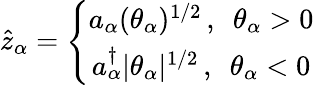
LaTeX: \hat{z}_{\alpha}=\left\{ \begin{array}{c}{{a_{\alpha}(\theta_{\alpha})^{1/2}\, ,\enspace\theta_{\alpha}>0}}\\ {{a_{\alpha}^{\dagger}|\theta_{\alpha}|^{1/2}\, ,\enspace\theta_{\alpha}<0}}\end{array}\right.